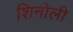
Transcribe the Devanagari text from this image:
शिनोली